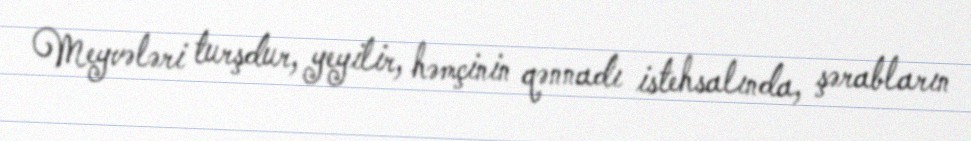
Meyvələri turşdur, yeyilir, həmçinin qənnadı istehsalında, şərabların